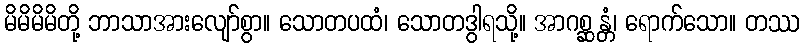
မိမိမိမိတို့ ဘာသာအားလျော်စွာ။ သောတပထံ၊ သောတဒွါရသို့။ အာဂစ္ဆန္တံ၊ ရောက်သော။ တဿ